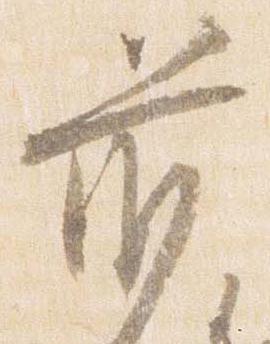
前